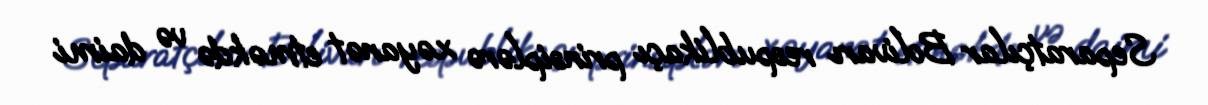
Separatçılar Bolivarı respublikaçı prinsiplərə xəyanət etməkdə və daimi